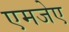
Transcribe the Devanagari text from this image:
एमजेए